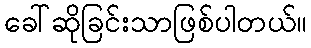
ခေါ်ဆိုခြင်းသာဖြစ်ပါတယ်။